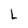
Character: L